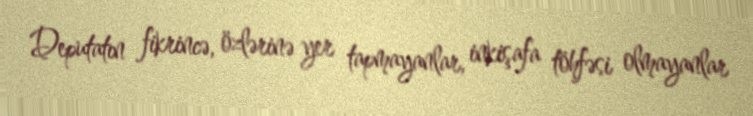
Deputatın fikrincə, özlərinə yer tapmayanlar, inkişafa töhfəsi olmayanlar